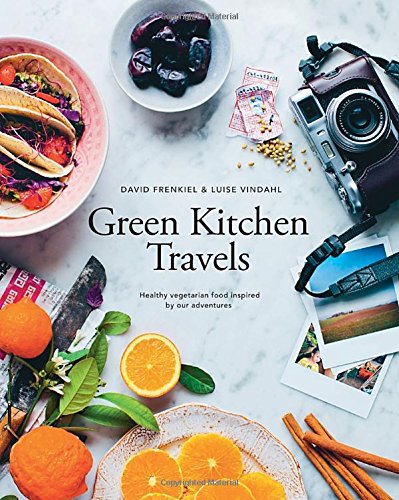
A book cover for Green Kitchen Travels: Healthy Vegetarian Food Inspired by Our Adventures; David Frenkiel; Cookbooks, Food & Wine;